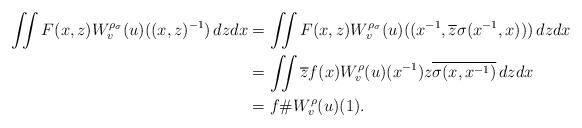
LaTeX: \begin{align*} \iint F(x,z)W^{\rho_\sigma}_v(u)((x,z)^{-1}) \,dz dx &=\iint F(x,z)W^{\rho_\sigma}_v(u)((x^{-1},\overline{z}\sigma(x^{-1},x) )) \,dz dx \\ &=\iint \overline{z} f(x) W^{\rho}_v(u)(x^{-1}) z \overline{\sigma(x,x^{-1})} \,dzdx \\ &= f\#W^\rho_v(u)(1). \end{align*}